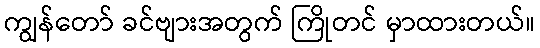
ကျွန်တော် ခင်ဗျားအတွက် ကြိုတင် မှာထားတယ်။